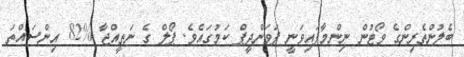
ބެލުންތެރިންގެ ވޯޓުން ނިންމާފައިވަނީ ޕަވަންދީޕް ކަމުގައެވެ. ޕޯލް ގެ ނަތީއްޖާ %82 އިންސައްތަ